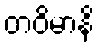
တဝိမာနိ